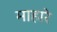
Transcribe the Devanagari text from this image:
माहारे